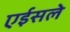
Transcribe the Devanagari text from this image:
एईसले